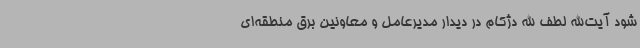
شود آیت‌الله لطف الله دژکام در دیدار مدیرعامل و معاونین برق منطقه‌ای